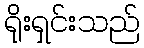
ရိုးရှင်းသည်